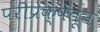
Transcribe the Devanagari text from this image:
परीप्रेक्षेतून